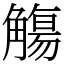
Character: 觴